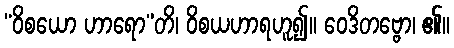
“ဝိစယော ဟာရော”တိ၊ ဝိစယဟာရဟူ၍။ ဝေဒိတဗ္ဗော၊ ၏။